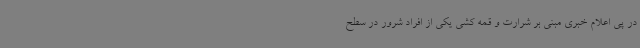
در پی اعلام خبری مبنی بر شرارت و قمه کشی یکی از افراد شرور در سطح